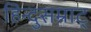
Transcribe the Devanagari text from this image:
हिन्दुसम्राट्